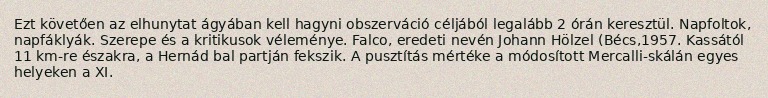
Ezt követően az elhunytat ágyában kell hagyni obszerváció céljából legalább 2 órán keresztül. Napfoltok, napfáklyák. Szerepe és a kritikusok véleménye. Falco, eredeti nevén Johann Hölzel (Bécs,1957. Kassától 11 km-re északra, a Hernád bal partján fekszik. A pusztítás mértéke a módosított Mercalli-skálán egyes helyeken a XI.